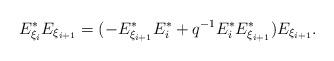
LaTeX: \begin{align*}E_{\xi_{i}}^{*} E_{\xi_{i + 1}}= (-E_{\xi_{i + 1}}^{*} E_{i}^{*} + q^{-1} E_{i}^{*} E_{\xi_{i + 1}}^{*}) E_{\xi_{i + 1}}.\end{align*}